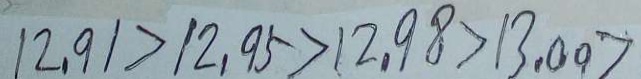
1 2 . 9 1 > 1 2 . 9 5 > 1 2 . 9 8 > 1 3 . 0 9 >